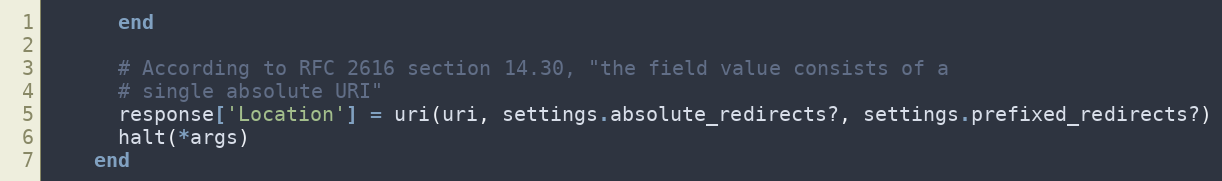
Language: Ruby
      end

      # According to RFC 2616 section 14.30, "the field value consists of a
      # single absolute URI"
      response['Location'] = uri(uri, settings.absolute_redirects?, settings.prefixed_redirects?)
      halt(*args)
    end